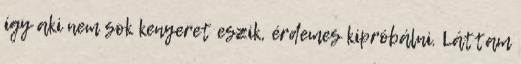
így aki nem sok kenyeret eszik, érdemes kipróbálni. Láttam